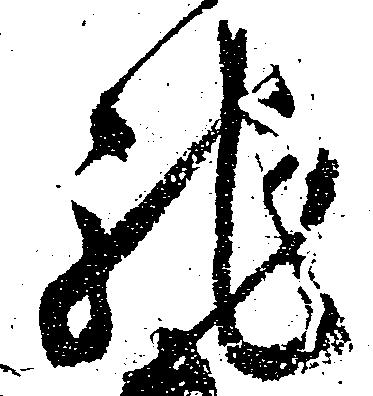
馳